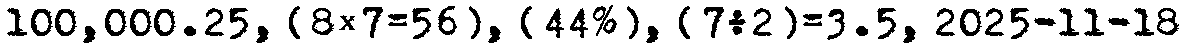
100,000.25, [8×7=56], {44%}, (7÷2)=3.5, 2025-11-18